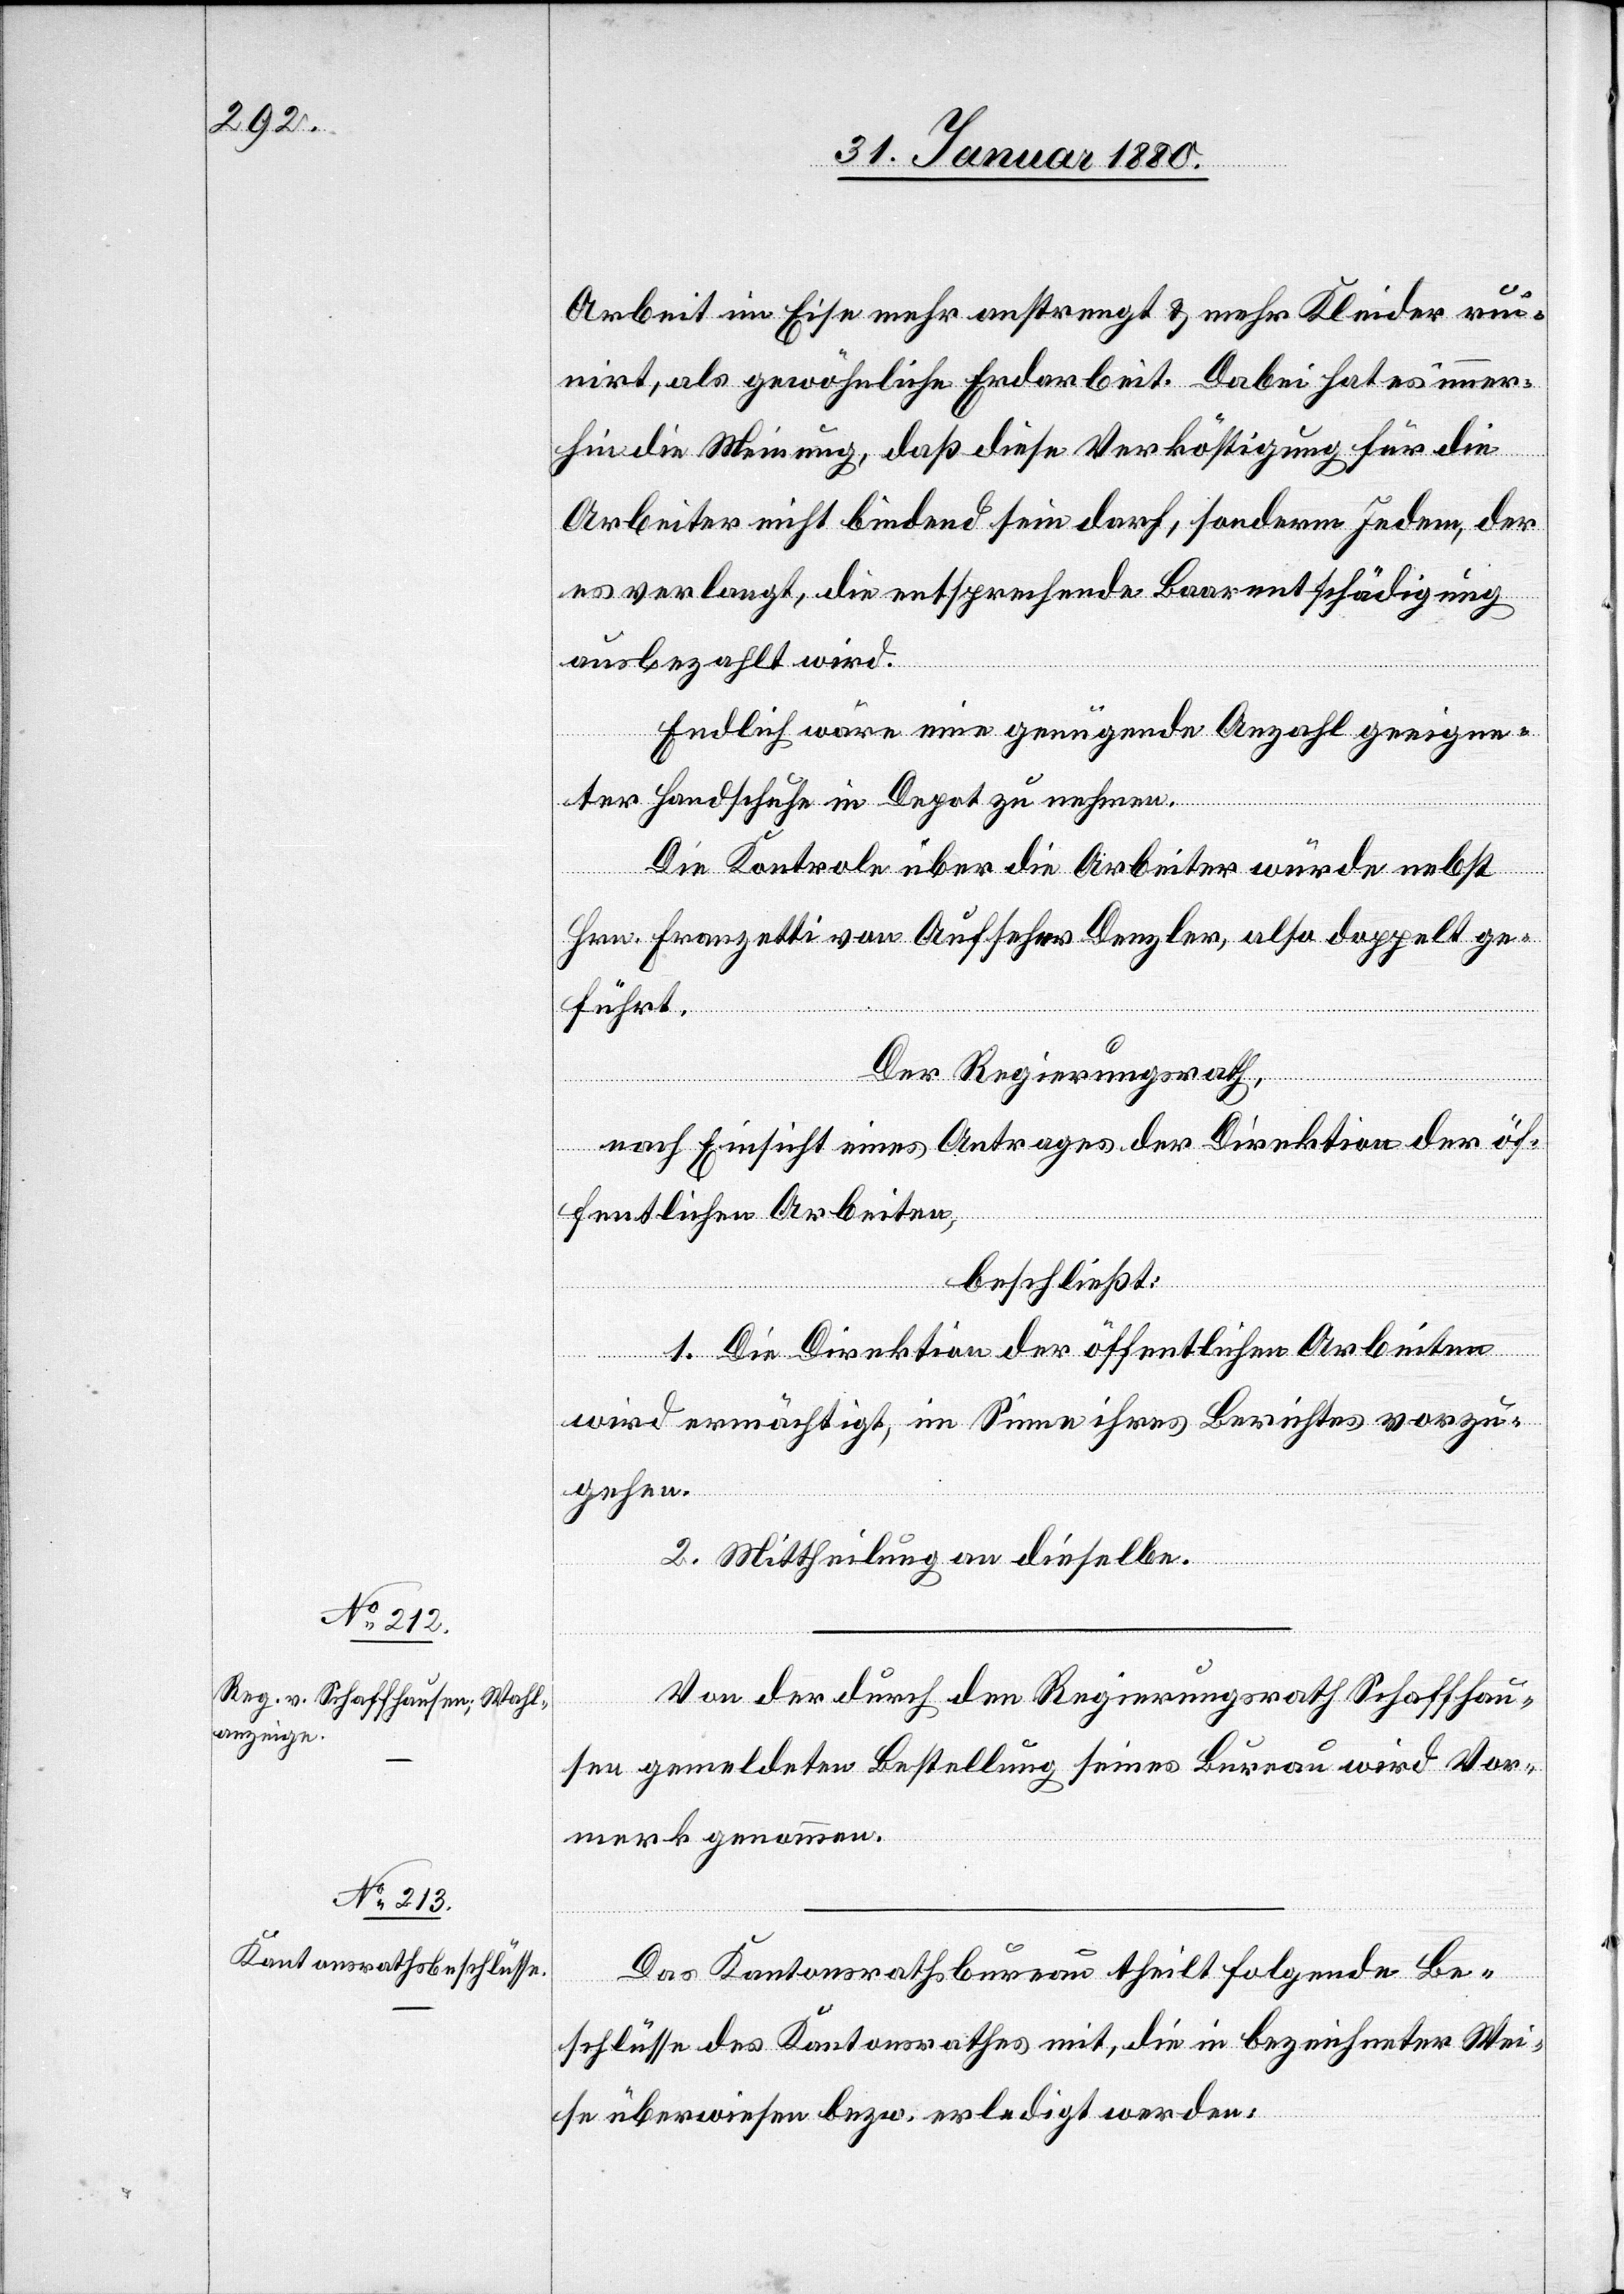
Arbeit im Eise mehr anstrengt & mehr Kleider ruin¬
irt, als gewöhnliche Erdarbeit. Dabei hat es immer¬
hin die Meinung, daß diese Verköstigung für die
Arbeiter nicht bindend sein darf, sondern Jedem, der
es verlangt, die entsprechende Baarentschädigung
ausbezahlt wird.
Endlich wäre eine genügende Anzahl geeigne¬
ter Handschuhe in Depot zu nehmen.
Die Kontrole über die Arbeiter würde nebst
Hrn. Franzetti von Aufseher Denzler, also doppelt ge¬
führt.
Der Regierungsrath,
nach Einsicht eines Antrages der Direktion der öf¬
fentlichen Arbeiten,
beschließt:
1. Die Direktion der öffentlichen Arbeiten
wird ermächtigt, im Sinne ihres Berichtes vorzu¬
gehen.
2. Mittheilung an dieselbe.
Von der durch den Regierungsrath Schaffhau¬
sen gemeldeten Bestellung seines Bureau wird Vor¬
merk genommen.
Das Kantonsrathsbureau theilt folgende Be¬
schlüsse des Kantonsrathes mit, die in bezeichneter Wei¬
se überwiesen bezw. erledigt werden: